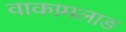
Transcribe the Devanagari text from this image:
वाकामलाङ